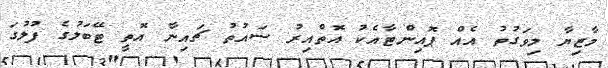
މާޒިޔާ މިވަގުތު އެއް ޕޮއިންޓާއެކު އޮތްއިރު ސައުތު ޗައިނާ އޮތީ ޓޭބަލުގެ ފުލުގަ